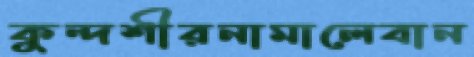
কুন্দশীরনামালেবান